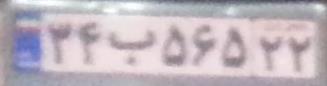
۳۴ب۵۶۵۲۲